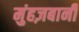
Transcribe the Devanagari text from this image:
मुंहज़बानी